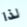
لذا